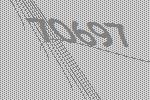
70697